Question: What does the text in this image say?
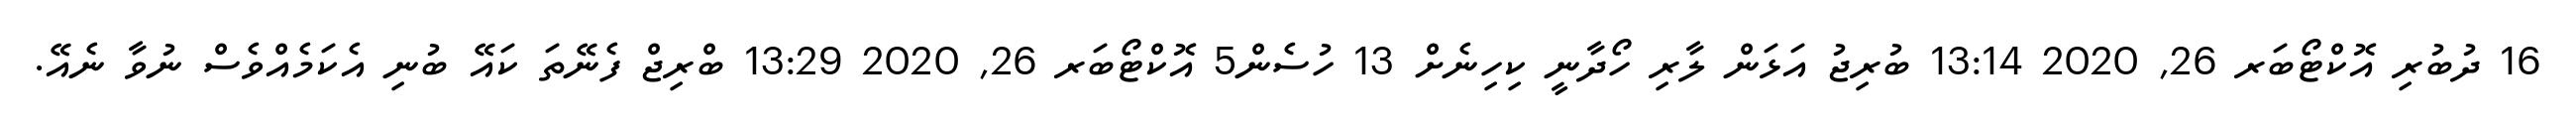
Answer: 16 ދުބުރި އޮކްޓޯބަރ 26, 2020 13:14 ބުރިޖު އަޅަން ލާރި ހޯދާނީ ކިހިނެށް 13 ހުސެން5 އޮކްޓޯބަރ 26, 2020 13:29 ބްރިޖް ފެނޭތަ ކައޭ ބުނި އެކަމެއްވެސް ނުވާ ނެއޭ.